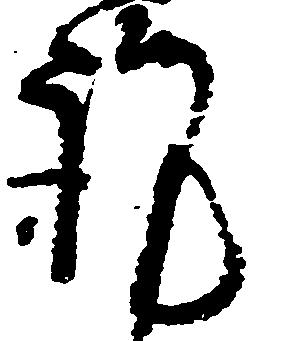
謹